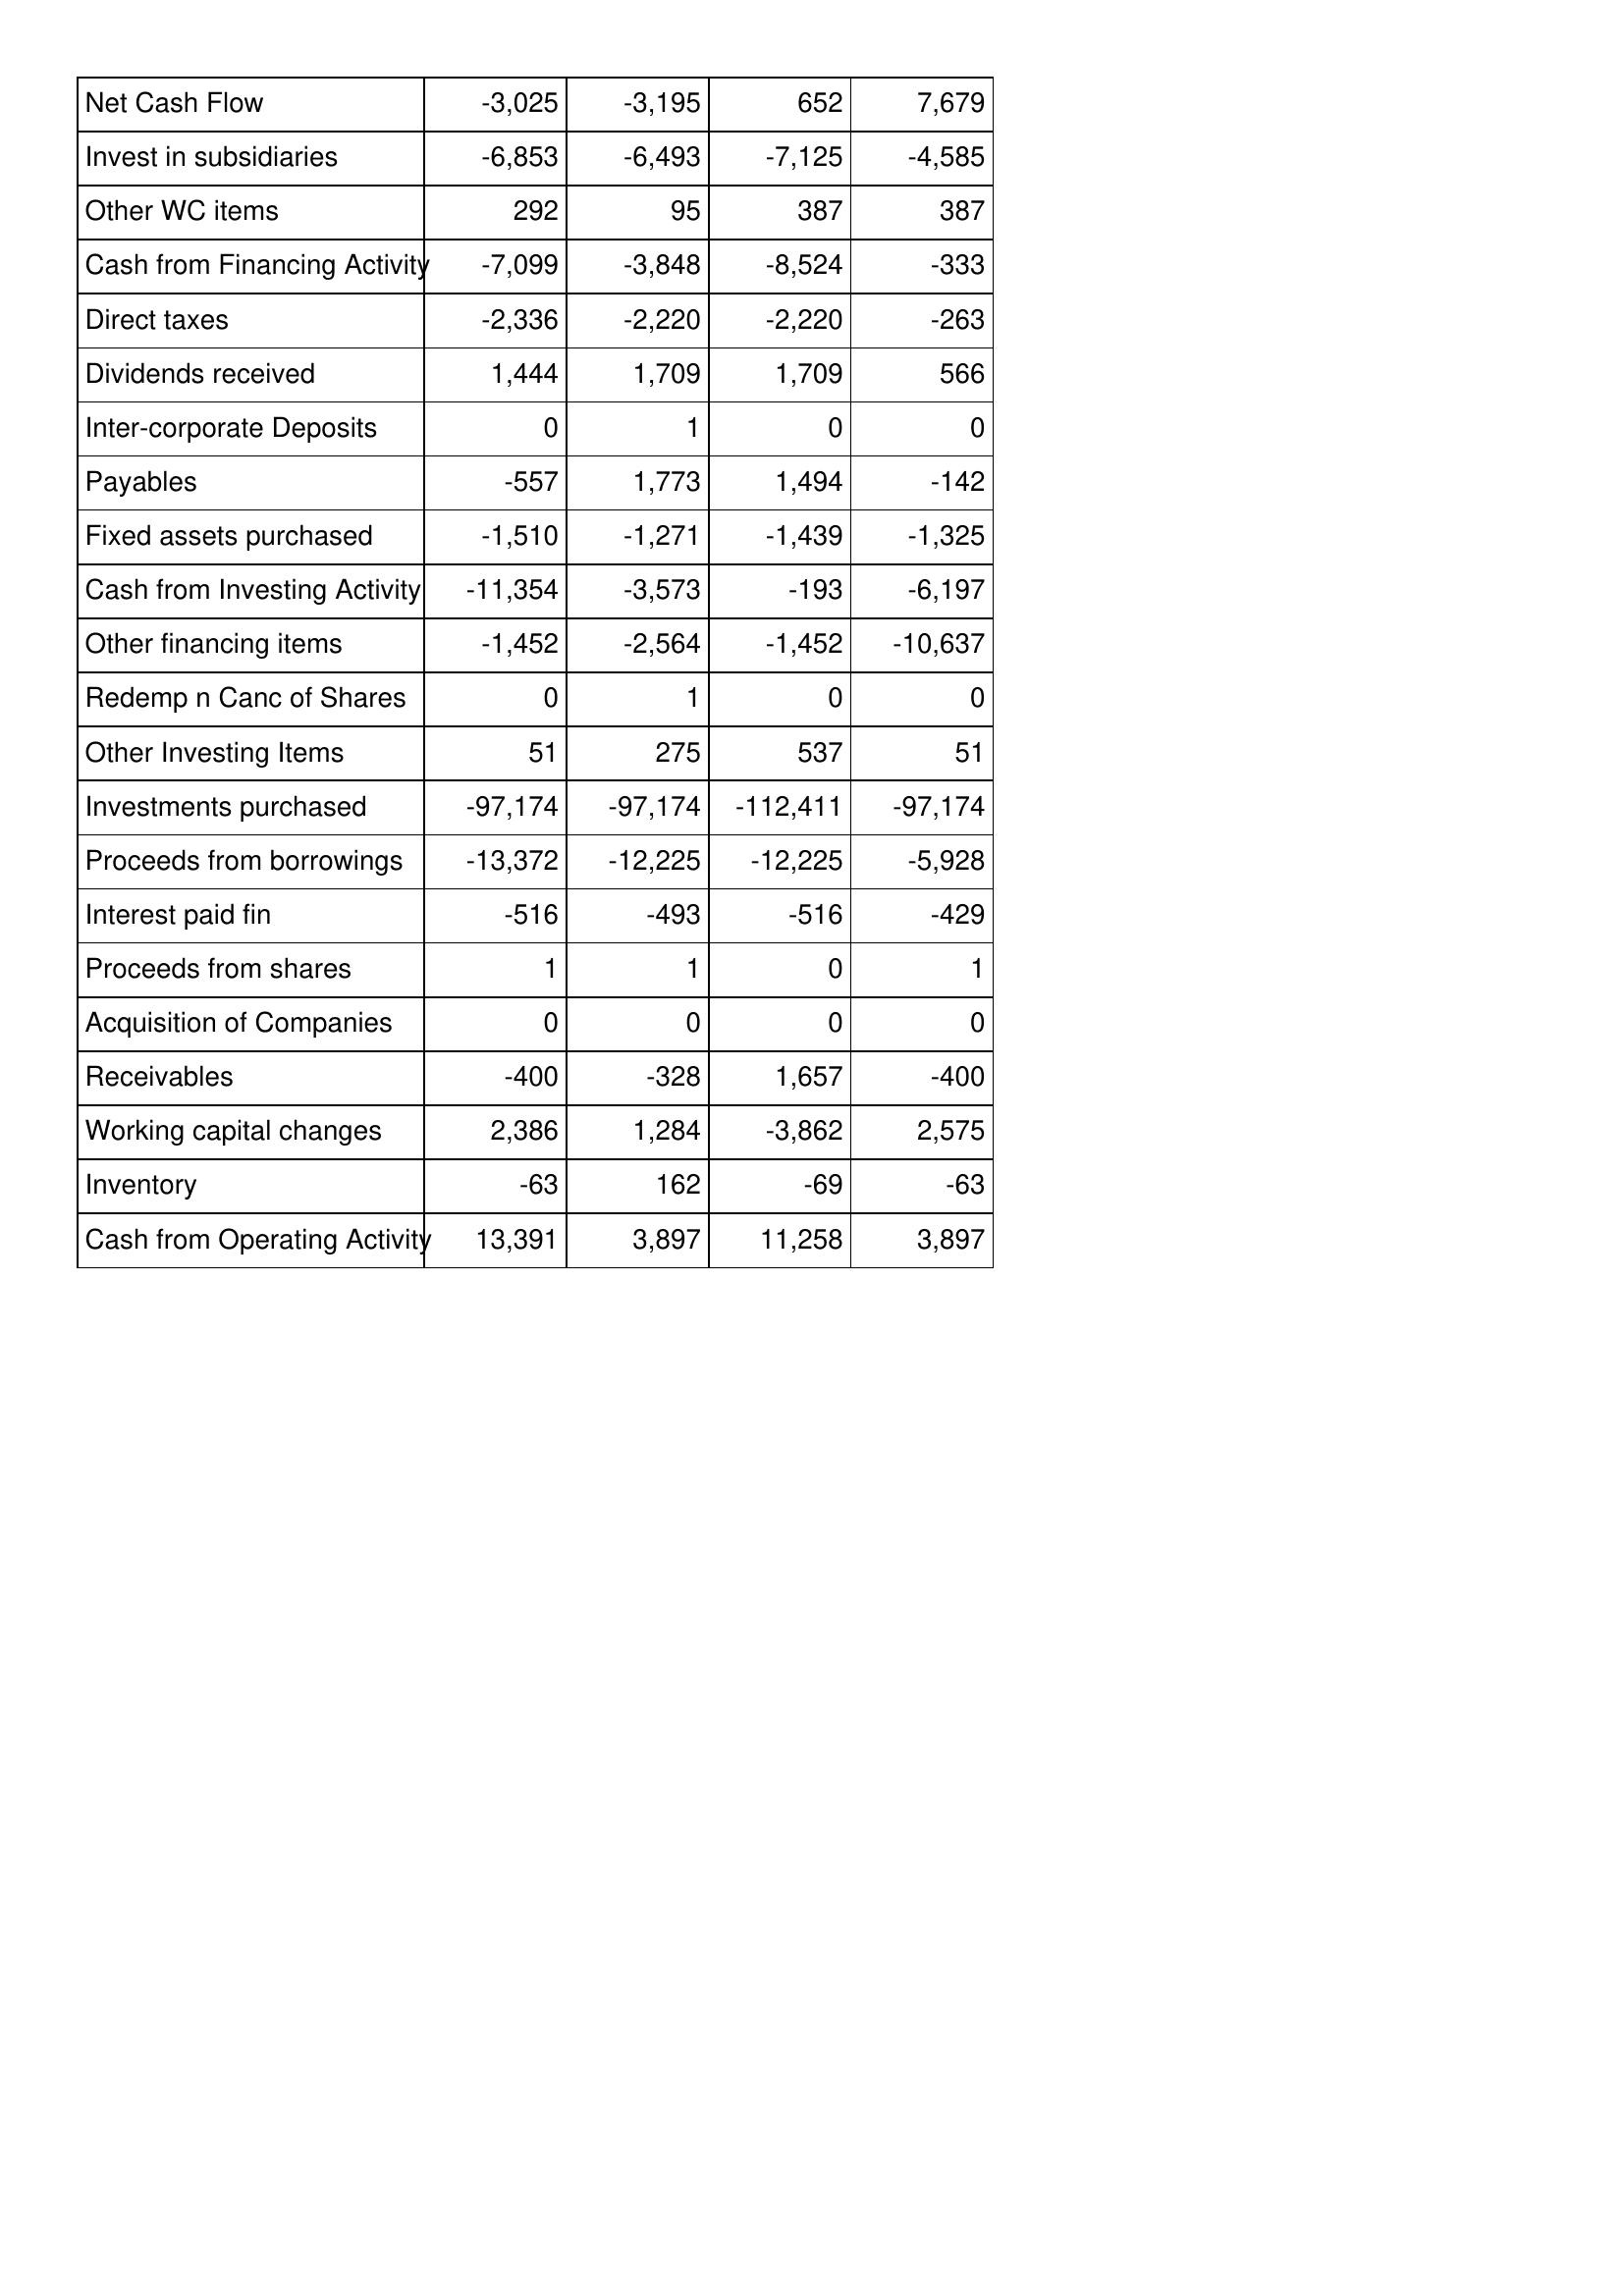
Mar-99: Cash Flows: Net Cash Flow: -3,025
Invest in subsidiaries: -6,853
Other WC items: 292
Cash from Financing Activity: -7,099
Direct taxes: -2,336
Dividends received: 1,444
Inter-corporate Deposits: 0
Payables: -557
Fixed assets purchased: -1,510
Cash from Investing Activity: -11,354
Other financing items: -1,452
Redemp n Canc of Shares: 0
Other Investing Items: 51
Investments purchased: -97,174
Proceeds from borrowings: -13,372
Interest paid fin: -516
Proceeds from shares: 1
Acquisition of Companies: 0
Receivables: -400
Working capital changes: 2,386
Inventory: -63
Cash from Operating Activity: 13,391
Mar-98: Cash Flows: Net Cash Flow: -3,195
Invest in subsidiaries: -6,493
Other WC items: 95
Cash from Financing Activity: -3,848
Direct taxes: -2,220
Dividends received: 1,709
Inter-corporate Deposits: 1
Payables: 1,773
Fixed assets purchased: -1,271
Cash from Investing Activity: -3,573
Other financing items: -2,564
Redemp n Canc of Shares: 1
Other Investing Items: 275
Investments purchased: -97,174
Proceeds from borrowings: -12,225
Interest paid fin: -493
Proceeds from shares: 1
Acquisition of Companies: 0
Receivables: -328
Working capital changes: 1,284
Inventory: 162
Cash from Operating Activity: 3,897
Mar-97: Cash Flows: Net Cash Flow: 652
Invest in subsidiaries: -7,125
Other WC items: 387
Cash from Financing Activity: -8,524
Direct taxes: -2,220
Dividends received: 1,709
Inter-corporate Deposits: 0
Payables: 1,494
Fixed assets purchased: -1,439
Cash from Investing Activity: -193
Other financing items: -1,452
Redemp n Canc of Shares: 0
Other Investing Items: 537
Investments purchased: -112,411
Proceeds from borrowings: -12,225
Interest paid fin: -516
Proceeds from shares: 0
Acquisition of Companies: 0
Receivables: 1,657
Working capital changes: -3,862
Inventory: -69
Cash from Operating Activity: 11,258
Mar-96: Cash Flows: Net Cash Flow: 7,679
Invest in subsidiaries: -4,585
Other WC items: 387
Cash from Financing Activity: -333
Direct taxes: -263
Dividends received: 566
Inter-corporate Deposits: 0
Payables: -142
Fixed assets purchased: -1,325
Cash from Investing Activity: -6,197
Other financing items: -10,637
Redemp n Canc of Shares: 0
Other Investing Items: 51
Investments purchased: -97,174
Proceeds from borrowings: -5,928
Interest paid fin: -429
Proceeds from shares: 1
Acquisition of Companies: 0
Receivables: -400
Working capital changes: 2,575
Inventory: -63
Cash from Operating Activity: 3,897